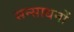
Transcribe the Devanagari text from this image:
सन्साधनों